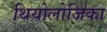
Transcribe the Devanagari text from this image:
थियोलोजिका